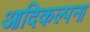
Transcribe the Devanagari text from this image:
आदिकल्पना